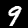
Label: 9